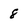
Character: 8